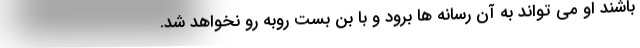
باشند او می تواند به آن رسانه ها برود و با بن بست روبه رو نخواهد شد.